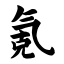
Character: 氪